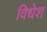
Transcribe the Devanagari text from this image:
विधेश